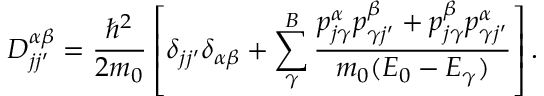
D _ { j j ^ { \prime } } ^ { \alpha \beta } = { \frac { \hbar ^ { 2 } } { 2 m _ { 0 } } } \left[ \delta _ { j j ^ { \prime } } \delta _ { \alpha \beta } + \sum _ { \gamma } ^ { B } { \frac { p _ { j \gamma } ^ { \alpha } p _ { \gamma j ^ { \prime } } ^ { \beta } + p _ { j \gamma } ^ { \beta } p _ { \gamma j ^ { \prime } } ^ { \alpha } } { m _ { 0 } ( E _ { 0 } - E _ { \gamma } ) } } \right] .